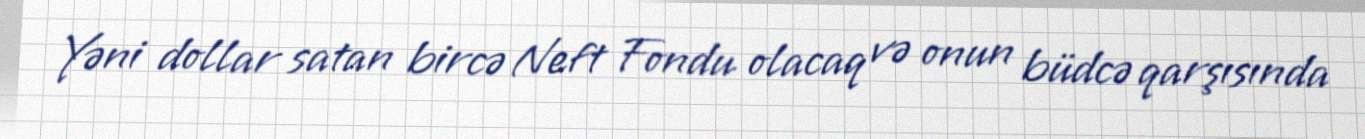
Yəni dollar satan bircə Neft Fondu olacaq və onun büdcə qarşısında